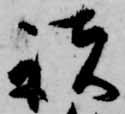
諸